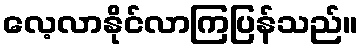
လေ့လာနိုင်လာကြပြန်သည်။